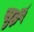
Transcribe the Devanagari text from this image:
सुहै